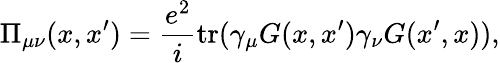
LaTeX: \Pi_{\mu\nu}(x,x^{\prime})=\frac{e^{2}}{i}\mathrm{tr}(\gamma_{\mu}G(x,x^{\prime})\gamma_{\nu}G(x^{\prime},x)),